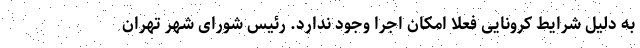
به دلیل شرایط کرونایی فعلا امکان اجرا وجود ندارد. رئیس شورای شهر تهران